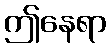
ဤနေရာ